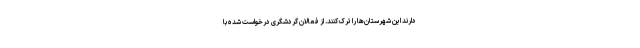
دارند این شهرستان‌ها را ترک کنند. از فعالان گردشگری درخواست شده با